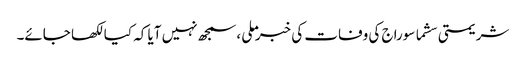
شریمتی سشما سوراج کی وفات کی خبر ملی ،سمجھ نہیں آیا کہ کیا لکھا جائے۔